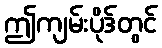
ဤကျမ်းပိုဒ်တွင်